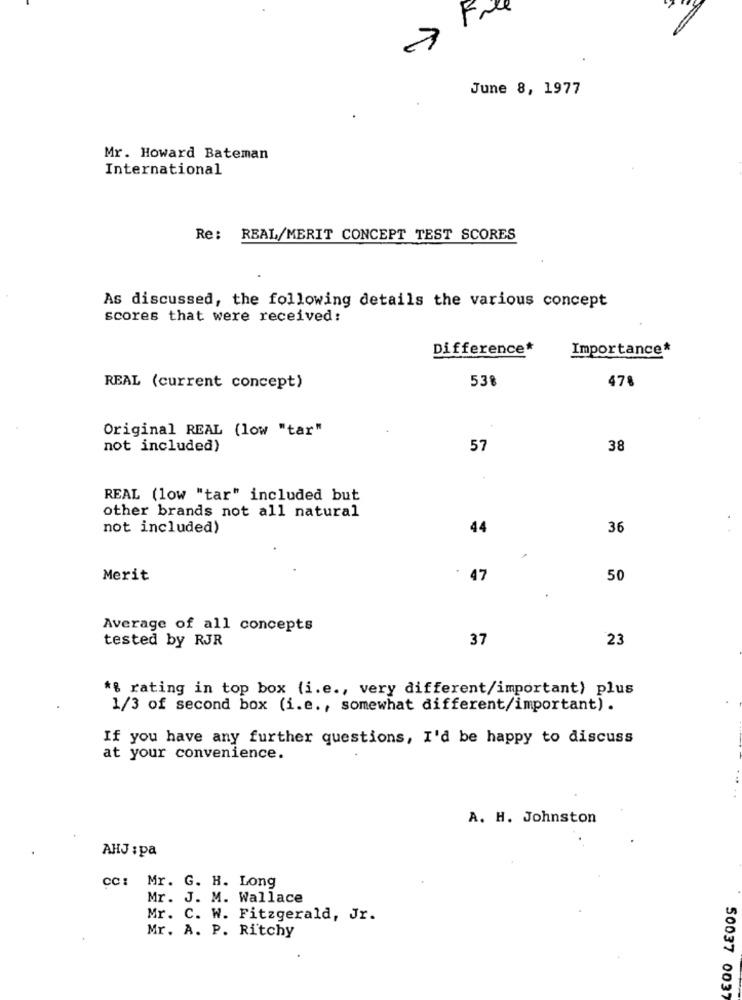
Free
June 8, 1977
Mr. Howard Bateman
International
Re: REAL/MERIT CONCEPT TEST SCORES
As discussed, the following details the various concept
scores that were received:
Difference*
Importance*
538
478
REAL (current concept)
Original REAL (low "tar"
not included)
57
38
REAL (low "tar" included but
other brands not all natural
not included)
44
36
Merit
47
50
Average of all concepts
tested by RJR
37
23
*% rating in top box (i.e ., very different/important) plus
1/3 of second box (i.e ., somewhat different/important).
If you have any further questions, I'd be happy to discuss
at your convenience.
A. H. Johnston
AHJ : pa
cc: Mr. G. H. Long
Mr. J. M. Wallace
Mr. C. W. Fitzgerald, Jr.
Mr. A. P. Ritchy
50037 0037